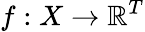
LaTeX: f:X\to\mathbb{R}^{T}